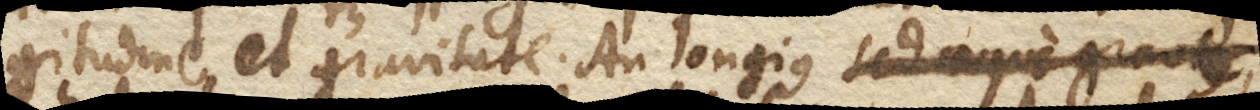
gitudine et gravitate. An longius sed aeque grave,